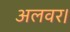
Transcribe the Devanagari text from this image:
अलवर।